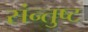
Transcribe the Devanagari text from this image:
संन्तुष्ट